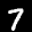
Label: 7